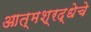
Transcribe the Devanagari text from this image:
आत्मश्रद्धेचे